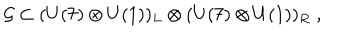
{ \cal { G } } \subset ( U ( 7 ) \otimes U ( 1 ) ) _ { L } \otimes ( U ( 7 ) \otimes U ( 1 ) ) _ { R } \; ,